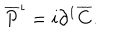
LaTeX: \overline { { P } } ^ { \iota } = i \partial ^ { 1 } \overline { { C } } .